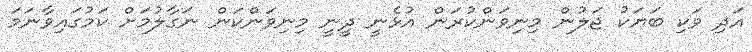
އަދި ވަކި ބަޔަކު ޖަލުން މިނިވަންކުރަން އުޅެނީ ދީނީ މިނިވަންކަން ނަގާލުމަށް ކަމުގައިވާނަމަ